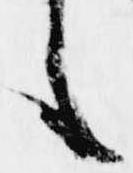
之